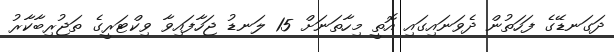
ދަގަނޑޭގެ ފަހަތުން ދެވަނައިގައި އޮތީ މިހާތަނަށް 15 ލަނޑު ޖަހާފައިވާ ވިކްޓަރީގެ ތަޖުރިބާކާރު